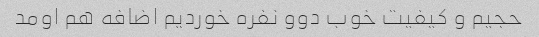
حجیم و کیفیت خوب دوو نفره خوردیم اضافه هم اومد